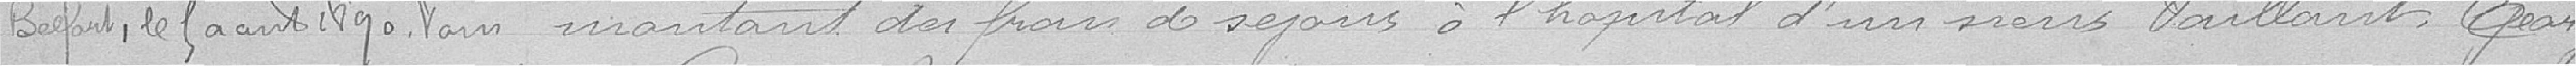
Belfort,  le 5 août 1890. Pour     montant des frais de séjour à l'hôpital d'un sieur Vaillant Georges